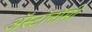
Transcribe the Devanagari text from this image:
ॲस्टॉनॉमी